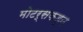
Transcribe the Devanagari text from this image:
मोटर्सकडून